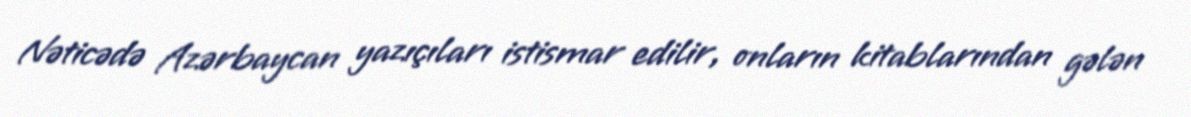
Nəticədə Azərbaycan yazıçıları istismar edilir, onların kitablarından gələn